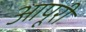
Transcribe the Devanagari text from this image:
आपूरी